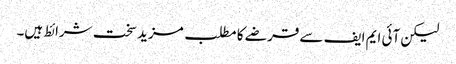
لیکن آئی ایم ایف سے قرضے کا مطلب مزید سخت شرائط ہیں۔